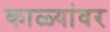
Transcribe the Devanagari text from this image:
काळ्यांवर